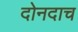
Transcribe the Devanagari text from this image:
दोनदाच